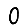
Digit: 0